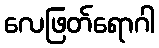
လေဖြတ်ရောဂါ